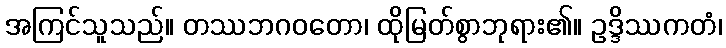
အကြင်သူသည်။ တဿဘဂဝတော၊ ထိုမြတ်စွာဘုရား၏။ ဥဒ္ဒိဿကတံ၊